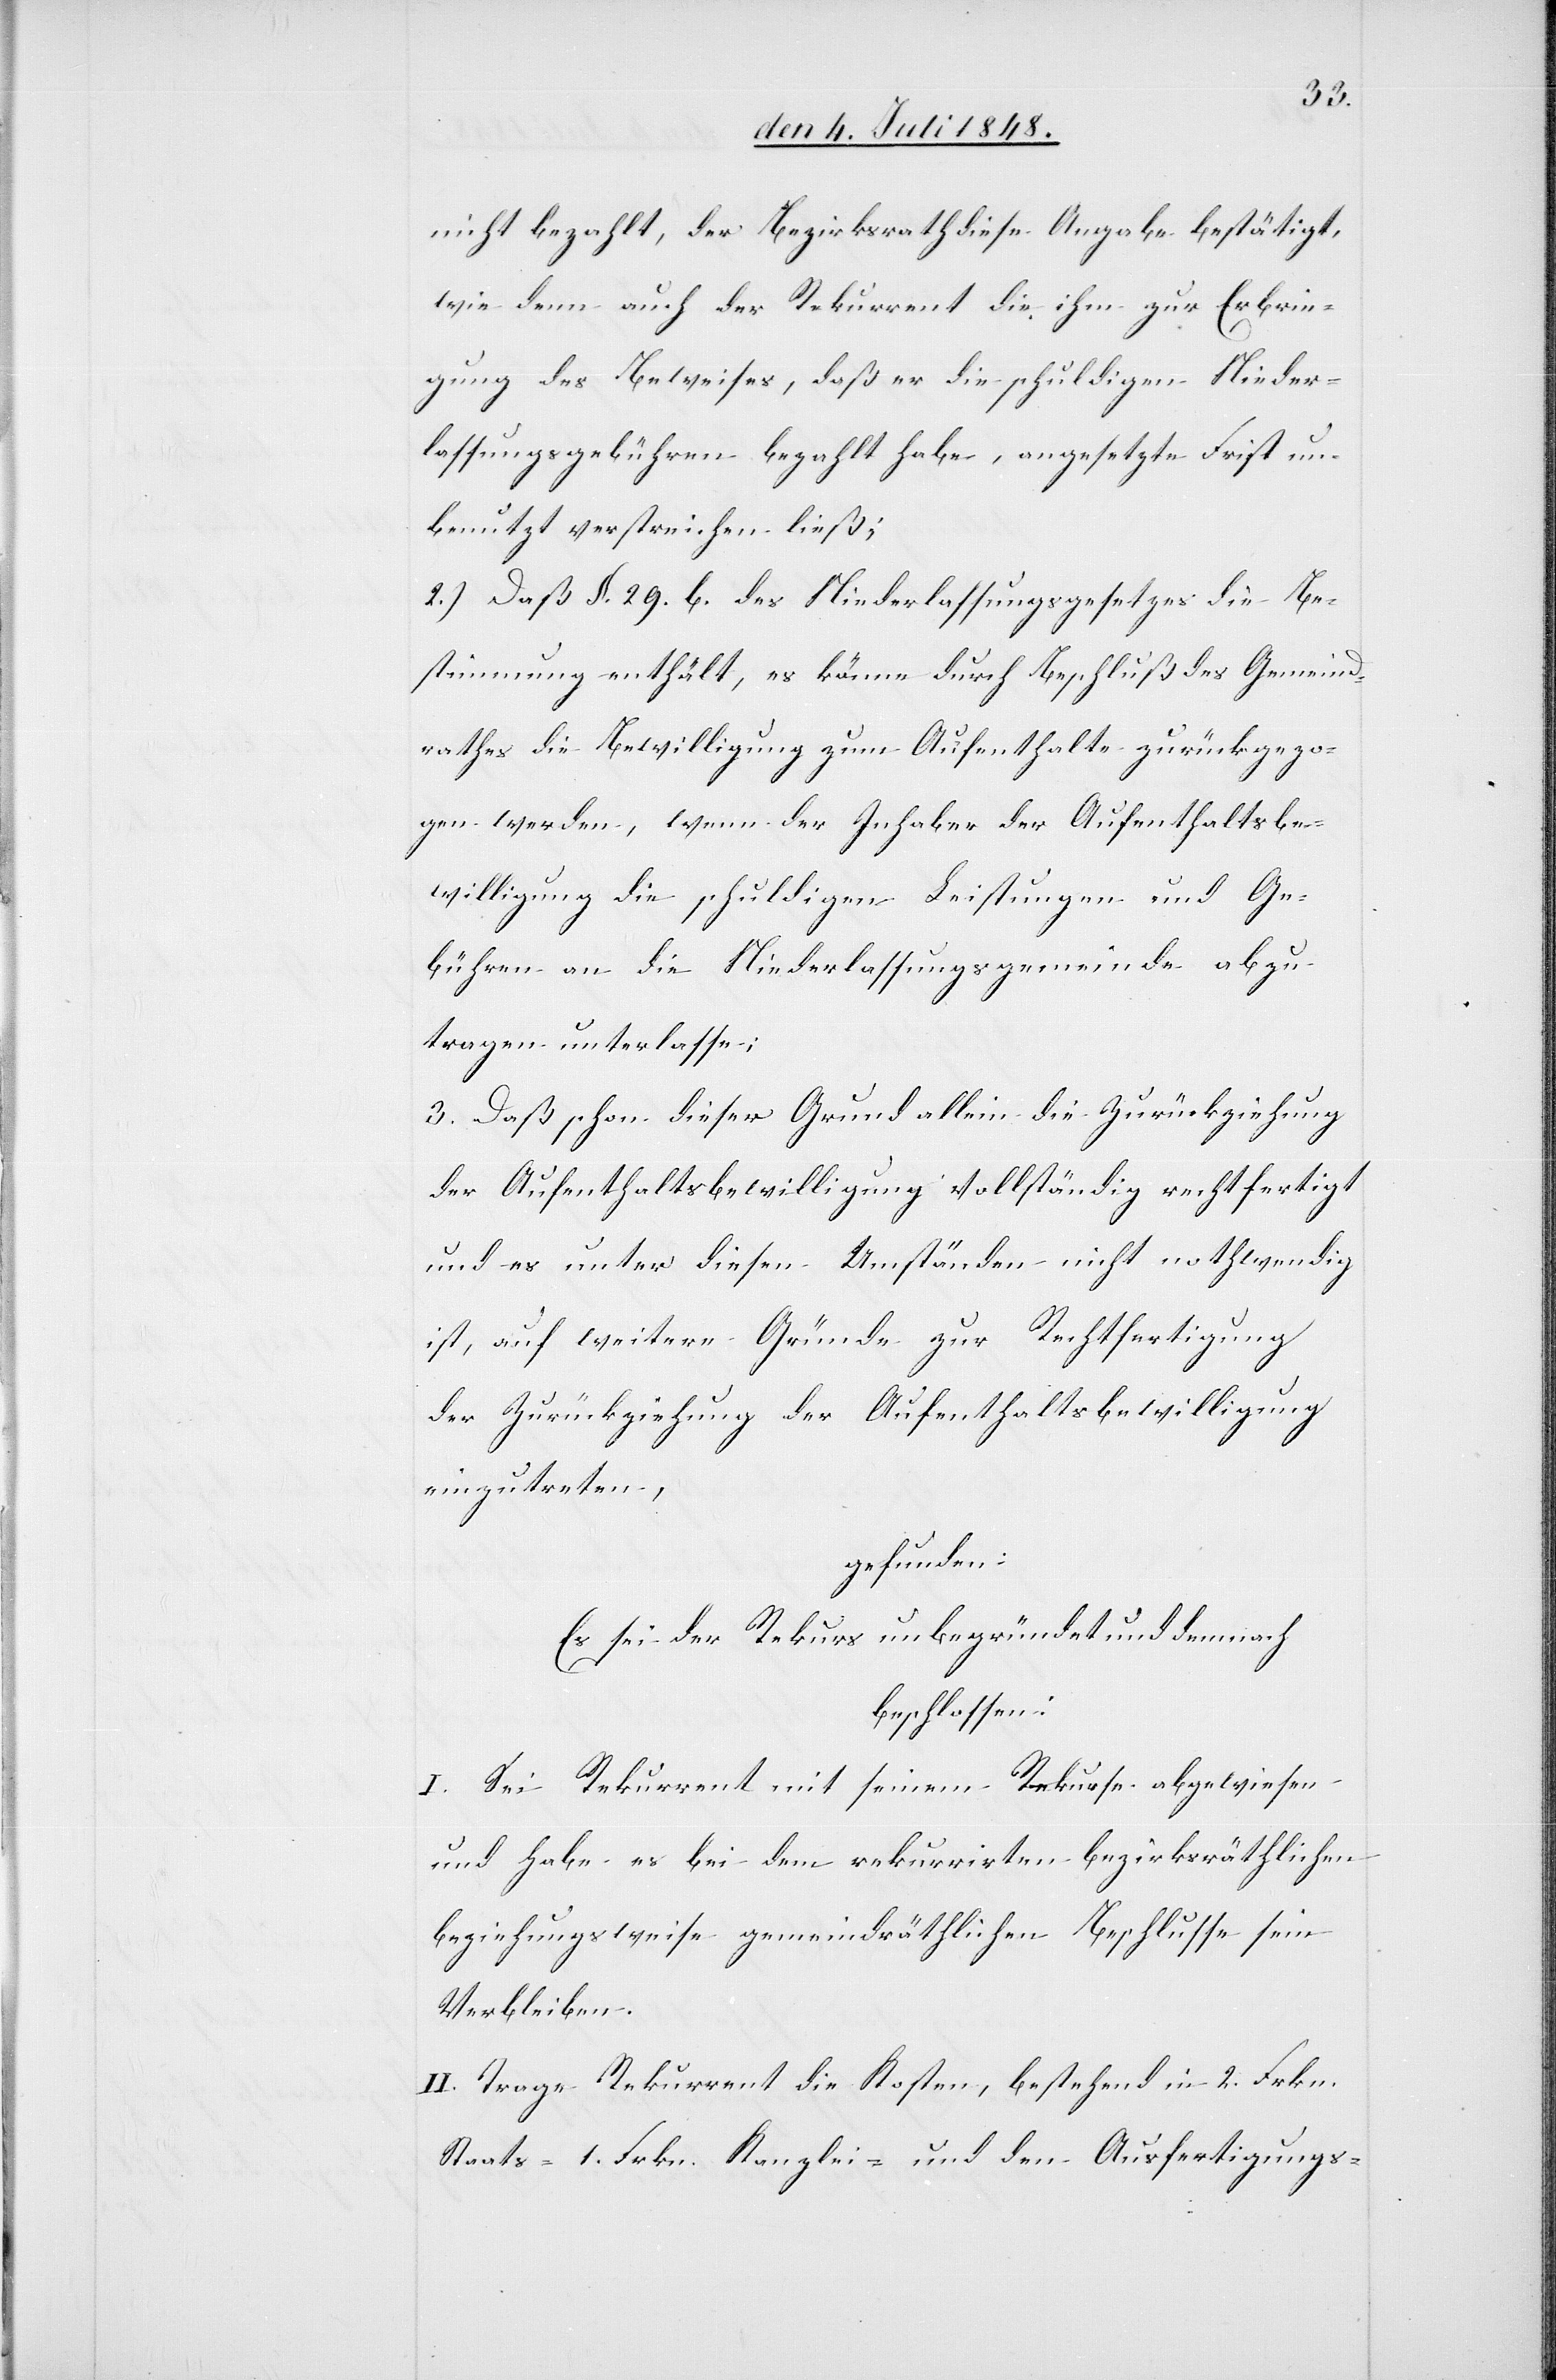
nicht bezahlt, der Bezirksrath diese Angabe bestätigt,
wie denn auch der Rekurrent die ihm zur Erbrin¬
gung des Beweises, daß er die schuldigen Nieder¬
lassungsgebühren bezahlt habe, angesetzte Frist un¬
benutzt verstreichen ließ;
2.) Daß §. 29. b. des Niederlassungsgesetzes die Be¬
stimmung enthält, es könne durch Beschluß des Gemeind¬
rathes die Bewilligung zum Aufenthalte zurückgezo¬
gen werden, wenn der Inhaber der Aufenthaltsbe¬
willigung die schuldigen Leistungen und Ge¬
bühren an die Niederlassungsgemeinde abzu¬
tragen unterlasse;
3. Daß schon dieser Grund allein die Zurückziehung
der Aufenthaltsbewilligung vollständig rechtfertigt
und es unter diesen Umständen nicht nothwendig
ist, auf weitere Gründe zur Rechtfertigung
der Zurückziehung der Aufenthaltsbewilligung
einzutreten,
gefunden:
Es sei der Rekurs unbegründet und demnach
beschlossen:
I. Sei Rekurrent mit seinem Rekurse abgewiesen
und habe es bei dem rekurrirten bezirksräthlichen
beziehungsweise gemeindräthlichen Beschlusse sein
Verbleiben.
II. Trage Rekurrent die Kosten, bestehend in 2. Frkn.
Staats- 1. Frkn. Kanzlei- und den Ausfertigungs-